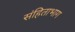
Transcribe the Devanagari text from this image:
संहिताभाग